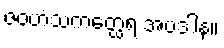
ဇဝဟံသကတ္ထေရ အပဒါန။